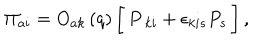
\Pi _ { a i } = O _ { a k } \left( q \right) \biggl [ \, P _ { \ k i } + \epsilon _ { k i s } P _ { s } \, \biggr ] \, ,